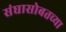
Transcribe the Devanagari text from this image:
संघासोबतच्या